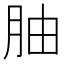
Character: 𫆚